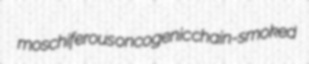
moschiferous oncogenic chain-smoked